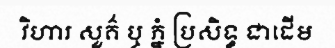
វិហារ សួគ៌ ឬ ភ្នំ ប្រសិទ្ធ ជាដើម